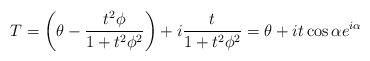
LaTeX: \begin{align*}T=\left(\theta-\frac{t^2 \phi}{1+t^2\phi^2}\right) + i \frac{t}{1+t^2\phi^2}= \theta + i t \cos \alpha e^{i\alpha}\end{align*}